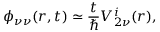
\phi _ { \nu \nu } ( r , t ) \simeq \frac { t } { \hbar } V _ { 2 \nu } ^ { i } ( r ) ,